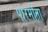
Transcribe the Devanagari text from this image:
पारमीता